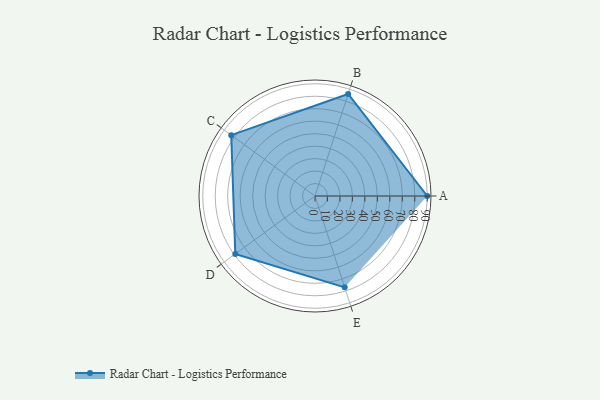
{"axis": {"x": "Skill", "y": "Score"}, "legend": ["Profile"], "data": [{"x": "A", "y": 90.0, "type": "Profile"}, {"x": "B", "y": 86.0, "type": "Profile"}, {"x": "C", "y": 83.0, "type": "Profile"}, {"x": "D", "y": 79.0, "type": "Profile"}, {"x": "E", "y": 77.0, "type": "Profile"}]}